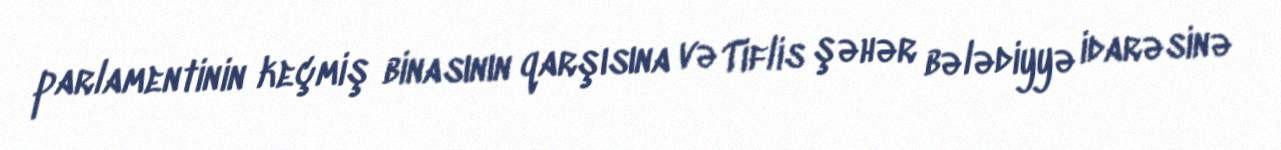
parlamentinin keçmiş binasının qarşısına və Tiflis şəhər bələdiyyə idarəsinə